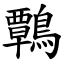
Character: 鷣